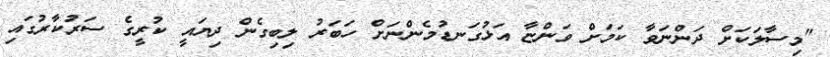
"މިސާލަކަށް ދަންނަވާ ކަމަށް ވަންޏާ އަޅުގަނޑުމެންނަށް ހަބަރު ލިބިގެން ދިޔައީ ކުރީގެ ސަރުކާރުގައި